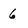
Character: 6